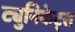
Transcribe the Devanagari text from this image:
ट्युनिकेट्स